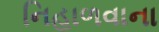
નિહાળવાના